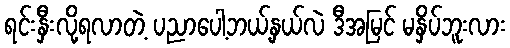
ရင်းနှီးလို့ရလာတဲ့ ပညာပေါ့ဘယ့်နှယ်လဲ ဒီအမြင် မနှိပ်ဘူးလား